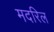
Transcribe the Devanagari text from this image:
मदरिल